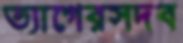
ত্যাগেরসদব